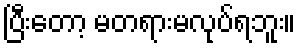
ပြီးတော့ မတရားမလုပ်ရဘူး။